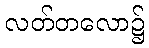
လတ်တလော၌